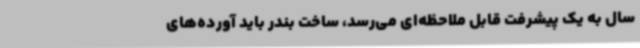
سال به یک پیشرفت قابل ملاحظه‌ای می‌رسد، ساخت بندر باید آورده‌های